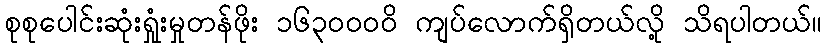
စုစုပေါင်းဆုံးရှုံးမှုတန်ဖိုး ၁၆၃၀၀၀ဝိ ကျပ်လောက်ရှိတယ်လို့ သိရပါတယ်။